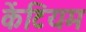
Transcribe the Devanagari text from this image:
केंटियम